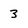
Character: 3